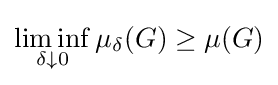
\liminf _{\delta \downarrow 0}\mu _{\delta }(G)\geq \mu (G)